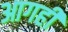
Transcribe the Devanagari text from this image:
आगही